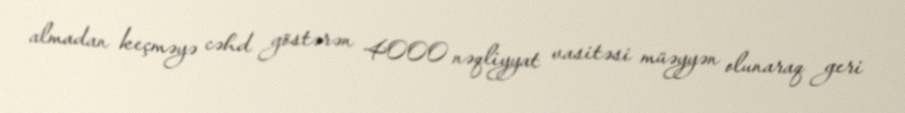
almadan keçməyə cəhd göstərən 4000 nəqliyyat vasitəsi müəyyən olunaraq geri